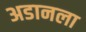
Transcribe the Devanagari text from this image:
अडानला